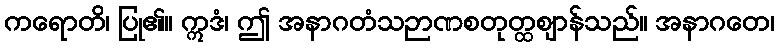
ကရောတိ၊ ပြု၏။ ဣဒံ၊ ဤ အနာဂတံသဉာဏစတုတ္ထဈာန်သည်။ အနာဂတေ၊